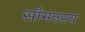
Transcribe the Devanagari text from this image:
सौमनस्य